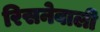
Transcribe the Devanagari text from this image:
रिसनेवाली